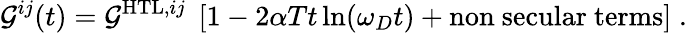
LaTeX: \mathcal{G}^{ij}(t)=\mathcal{G}^{\mathrm{HTL},ij}\; \left[1-2\alpha Tt\ln(\omega_{D}t)+\mathrm{non~secular~terms}\right]\; .